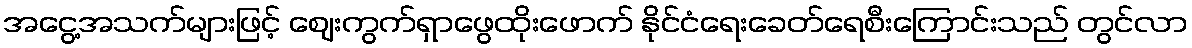
အငွေ့အသက်များဖြင့် ဈေးကွက်ရှာဖွေထိုးဖောက် နိုင်ငံရေးခေတ်ရေစီးကြောင်းသည် တွင်လာ